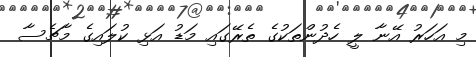
މި އަހަރު އޭނާ ލީ ހެދުންތަކުގެ ތެރޭގައި މަޑު އަޅި ކުލައިގެ މާޗެސާ